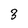
Character: 3